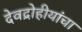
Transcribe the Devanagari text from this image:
देवद्रोहीयांचा